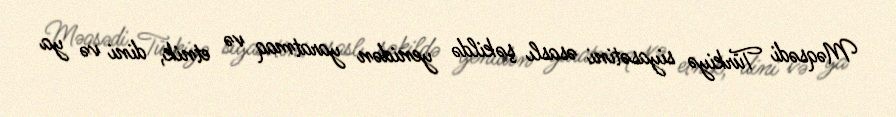
Məqsədi Türkiyə siyasətini əsaslı şəkildə yenidən yaratmaq və etnik, dini və ya